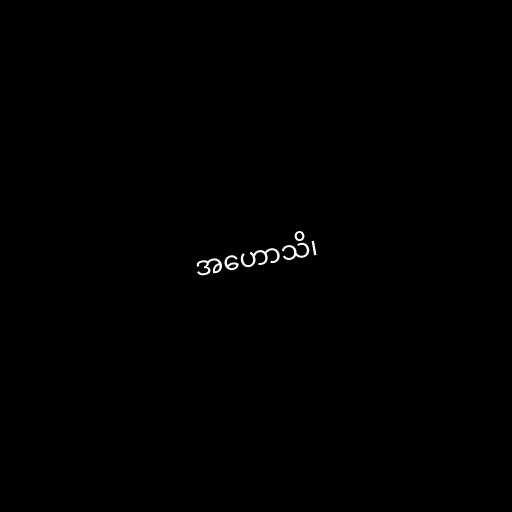
အဟောသိ၊